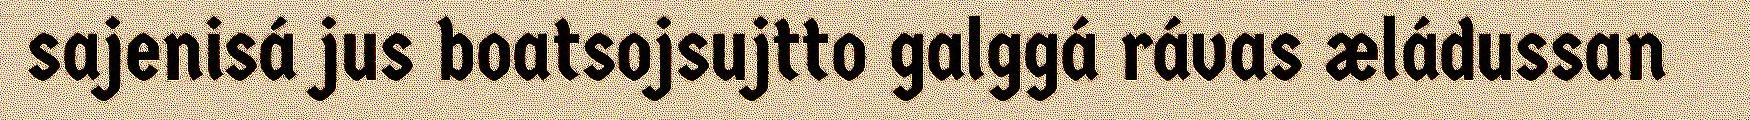
sajenisá jus boatsojsujtto galggá rávas æládussan